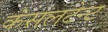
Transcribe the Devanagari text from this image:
कंसलटेन्ट